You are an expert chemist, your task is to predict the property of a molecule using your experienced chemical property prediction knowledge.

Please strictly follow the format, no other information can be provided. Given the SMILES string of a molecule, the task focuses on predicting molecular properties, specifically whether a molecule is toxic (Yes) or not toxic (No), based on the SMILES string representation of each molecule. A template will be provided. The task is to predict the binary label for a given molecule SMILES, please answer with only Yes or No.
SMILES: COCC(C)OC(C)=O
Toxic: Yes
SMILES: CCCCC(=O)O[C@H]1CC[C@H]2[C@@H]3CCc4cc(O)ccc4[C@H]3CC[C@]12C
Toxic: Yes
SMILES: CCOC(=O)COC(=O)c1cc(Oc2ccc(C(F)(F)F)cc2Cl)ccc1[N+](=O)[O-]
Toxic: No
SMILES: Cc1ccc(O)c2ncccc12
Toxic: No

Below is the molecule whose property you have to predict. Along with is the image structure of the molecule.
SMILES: COC(=O)[C@H]1[C@H]2C[C@@H]3c4[nH]c5cc(OC)ccc5c4CCN3C[C@H]2C[C@@H](OC(=O)C=Cc2cc(OC)c(OC)c(OC)c2)[C@@H]1OC
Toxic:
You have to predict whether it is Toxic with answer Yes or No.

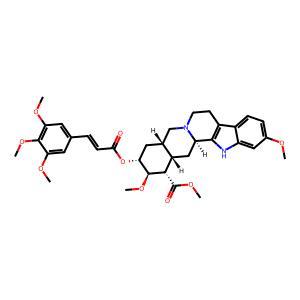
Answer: No